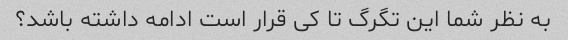
به نظر شما این تگرگ تا کی قرار است ادامه داشته باشد؟